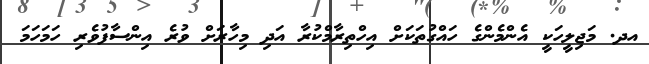
އދ. މަޖިލީހަކީ އެންމެންގެ ހައްގުތަކަށް އިހްތިރާމްކުރާ އަދި މިހާރަށް ވުރެ އިންސާފުވެރި ހަމަހަމަ